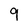
Character: 9